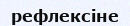
рефлексіне